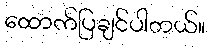
ထောက်ပြချင်ပါတယ်။